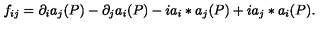
f _ { i j } = \partial _ { i } a _ { j } ( P ) - \partial _ { j } a _ { i } ( P ) - i a _ { i } * a _ { j } ( P ) + i a _ { j } * a _ { i } ( P ) .